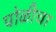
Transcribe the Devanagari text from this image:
पोळीचा